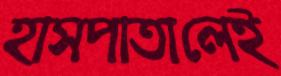
হাসপাতালেই